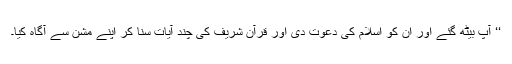
‘‘ آپؐ بیٹھ گئے اور ان کو اسلام کی دعوت دی اور قرآن شریف کی چند آیات سنا کر اپنے مشن سے آگاہ کیا۔